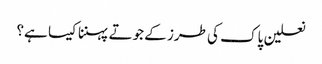
نعلین پاک کی طرز کے جوتے پہننا کیسا ہے؟